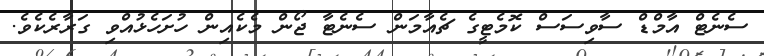
ސެނެޓް އާމްޑް ސާވިސަސް ކޮމެޓީގެ ޗެއާމަން ސެނެޓާ ޖޯން މެކެއިން ހުށަހެޅުއްވި ގަރާރެކެވެ.